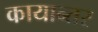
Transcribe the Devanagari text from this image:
कायान्तर